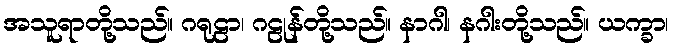
အသူရာတို့သည်။ ဂရုဠာ၊ ဂဠုန်တို့သည်။ နာဂါ၊ နဂါးတို့သည်။ ယက္ခာ၊